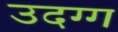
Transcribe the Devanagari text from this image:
उदग्ग